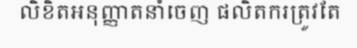
លិខិតអនុញ្ញាតនាំចេញ ផលិតករត្រូវតែ